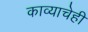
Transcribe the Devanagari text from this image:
काव्याचेही